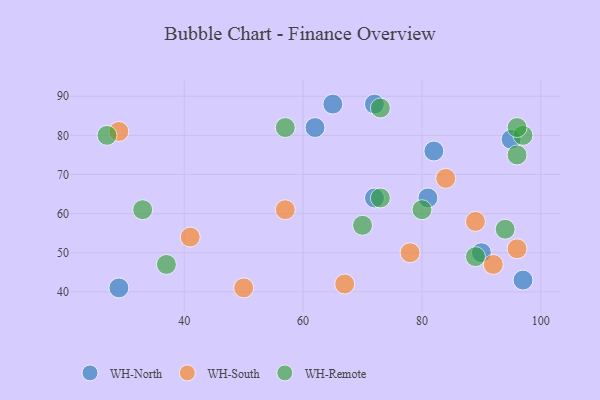
{"axis": {"x": "GDP", "y": "Life Expectancy"}, "legend": ["WH-North", "WH-Remote", "WH-South"], "data": [{"x": "81", "y": 64, "type": "WH-North"}, {"x": "82", "y": 76, "type": "WH-North"}, {"x": "72", "y": 64, "type": "WH-North"}, {"x": "62", "y": 82, "type": "WH-North"}, {"x": "95", "y": 79, "type": "WH-North"}, {"x": "29", "y": 41, "type": "WH-North"}, {"x": "90", "y": 50, "type": "WH-North"}, {"x": "97", "y": 43, "type": "WH-North"}, {"x": "72", "y": 88, "type": "WH-North"}, {"x": "65", "y": 88, "type": "WH-North"}, {"x": "84", "y": 69, "type": "WH-South"}, {"x": "41", "y": 54, "type": "WH-South"}, {"x": "92", "y": 47, "type": "WH-South"}, {"x": "50", "y": 41, "type": "WH-South"}, {"x": "78", "y": 50, "type": "WH-South"}, {"x": "29", "y": 81, "type": "WH-South"}, {"x": "89", "y": 58, "type": "WH-South"}, {"x": "96", "y": 51, "type": "WH-South"}, {"x": "67", "y": 42, "type": "WH-South"}, {"x": "57", "y": 61, "type": "WH-South"}, {"x": "97", "y": 80, "type": "WH-Remote"}, {"x": "73", "y": 64, "type": "WH-Remote"}, {"x": "33", "y": 61, "type": "WH-Remote"}, {"x": "27", "y": 80, "type": "WH-Remote"}, {"x": "89", "y": 49, "type": "WH-Remote"}, {"x": "70", "y": 57, "type": "WH-Remote"}, {"x": "96", "y": 75, "type": "WH-Remote"}, {"x": "37", "y": 47, "type": "WH-Remote"}, {"x": "57", "y": 82, "type": "WH-Remote"}, {"x": "94", "y": 56, "type": "WH-Remote"}, {"x": "80", "y": 61, "type": "WH-Remote"}, {"x": "73", "y": 87, "type": "WH-Remote"}, {"x": "96", "y": 82, "type": "WH-Remote"}]}